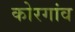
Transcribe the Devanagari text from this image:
कोरगांव